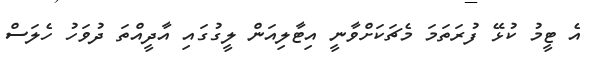
އެ ޓީމު ކުޅޭ ފުރަތަމަ މެޗަކަށްވާނީ އިޓާލިއަން ލީގުގައި އާދީއްތަ ދުވަހު ހެލަސް